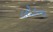
લોડના